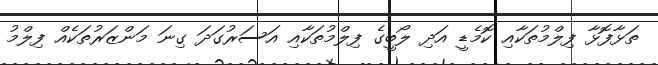
ތަޅާފޮޅާ ފިލްމުތަކާއި ކޮމެޑީ އަދި ލޯބީގެ ފިލްމުތަކާއި އަސަރުގަދަ ގިނަ މަންޒަރުތަކެއް ފިލްމު